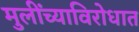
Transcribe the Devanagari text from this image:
मुलींच्याविरोधात